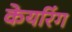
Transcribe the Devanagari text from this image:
केयरिंग